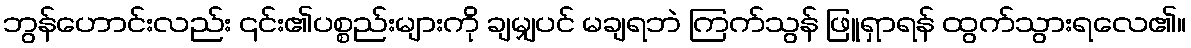
ဘွန်ဟောင်းလည်း ၎င်း၏ပစ္စည်းများကို ချမျှပင် မချရဘဲ ကြက်သွန် ဖြူရှာရန် ထွက်သွားရလေ၏။